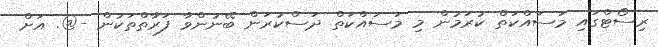
ރިސޯޓްގައި މަސައްކަތް ކުރަމުން މި މަސައްކަތް ދަސްކުރަން ބޭނުންވާ ފަރާތްތަކުން -@. އަށް